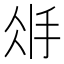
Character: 𢪽